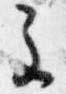
主